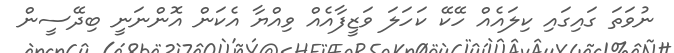
ނުވަތަ ގައިގައި ކިލައެއް ހޭކޭ ކަހަލަ ވަޒީފާއެއް ވިއްޔާ އެކަން އޮންނަނީ ބިދޭސީން